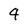
Character: 4